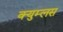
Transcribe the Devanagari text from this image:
क्युम्लस